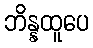
ဘိန္နထူပေ